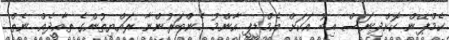
ކެމްޕޭން ކޮށްދިނަސް އިބޫ އަކަށް އެމްޑީޕީ އާންމު މެންބަރުންނާ ރައްޔިތުންގެ ތާއީދެއް ނެތް.